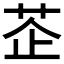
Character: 𦮳